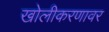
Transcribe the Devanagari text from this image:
खोलीकरणावर